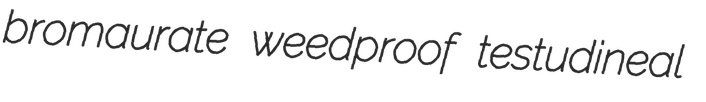
bromaurate weedproof testudineal